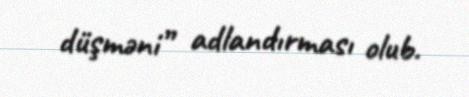
düşməni” adlandırması olub.